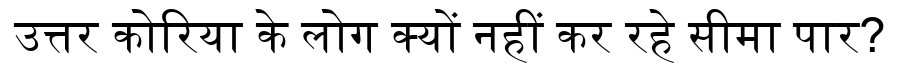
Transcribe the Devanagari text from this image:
उत्तर कोरिया के लोग क्यों नहीं कर रहे सीमा पार?